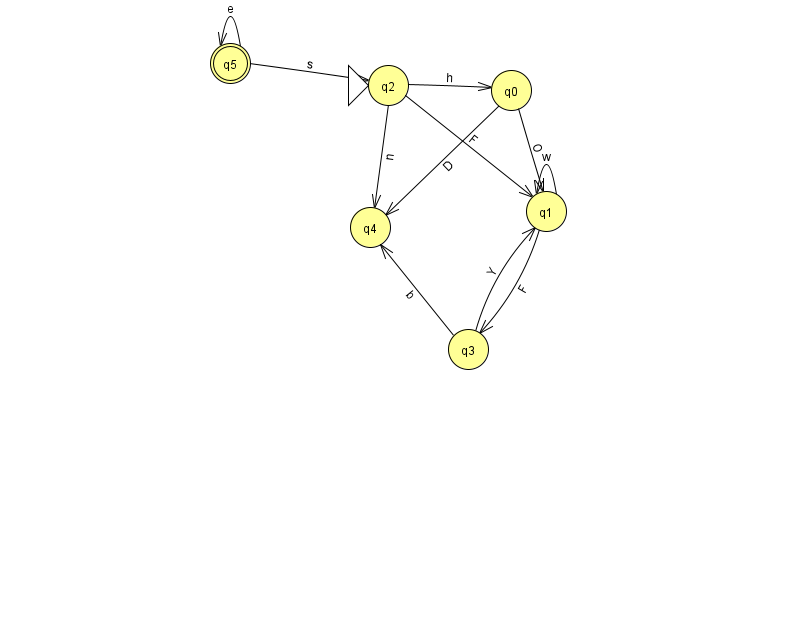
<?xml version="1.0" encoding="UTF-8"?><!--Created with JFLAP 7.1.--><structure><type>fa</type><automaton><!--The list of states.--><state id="0" name="q0"><x>511.0</x><y>77.0</y></state><state id="1" name="q1"><x>546.0</x><y>198.0</y></state><state id="2" name="q2"><x>388.0</x><y>72.0</y><initial/></state><state id="3" name="q3"><x>468.0</x><y>336.0</y></state><state id="4" name="q4"><x>370.0</x><y>214.0</y></state><state id="5" name="q5"><x>230.0</x><y>50.0</y><final/></state><!--The list of transitions.--><transition><from>0</from><to>4</to><read>D</read></transition><transition><from>1</from><to>3</to><read>F</read></transition><transition><from>2</from><to>1</to><read>F</read></transition><transition><from>0</from><to>1</to><read>O</read></transition><transition><from>2</from><to>4</to><read>n</read></transition><transition><from>5</from><to>5</to><read>e</read></transition><transition><from>1</from><to>1</to><read>w</read></transition><transition><from>2</from><to>0</to><read>h</read></transition><transition><from>5</from><to>2</to><read>s</read></transition><transition><from>3</from><to>4</to><read>b</read></transition><transition><from>3</from><to>1</to><read>Y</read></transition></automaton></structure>